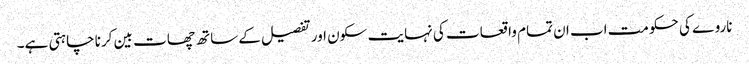
ناروے کی حکومت اب ان تمام واقعات کی نہایت سکون اور تفصیل کے ساتھ چھات بین کرنا چاہتی ہے۔